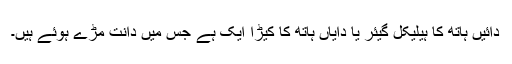
دائیں ہاتھ کا ہیلیکل گیئر یا دایاں ہاتھ کا کیڑا ایک ہے جس میں دانت مڑے ہوئے ہیں۔